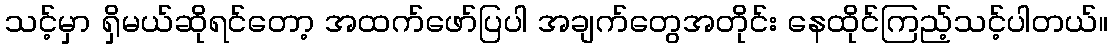
သင့်မှာ ရှိမယ်ဆိုရင်တော့ အထက်ဖော်ပြပါ အချက်တွေအတိုင်း နေထိုင်ကြည့်သင့်ပါတယ်။